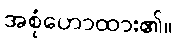
အစုံဟောထား၏။